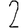
Digit: 2